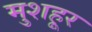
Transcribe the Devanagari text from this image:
मुशहूर